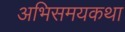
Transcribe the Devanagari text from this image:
अभिसमयकथा